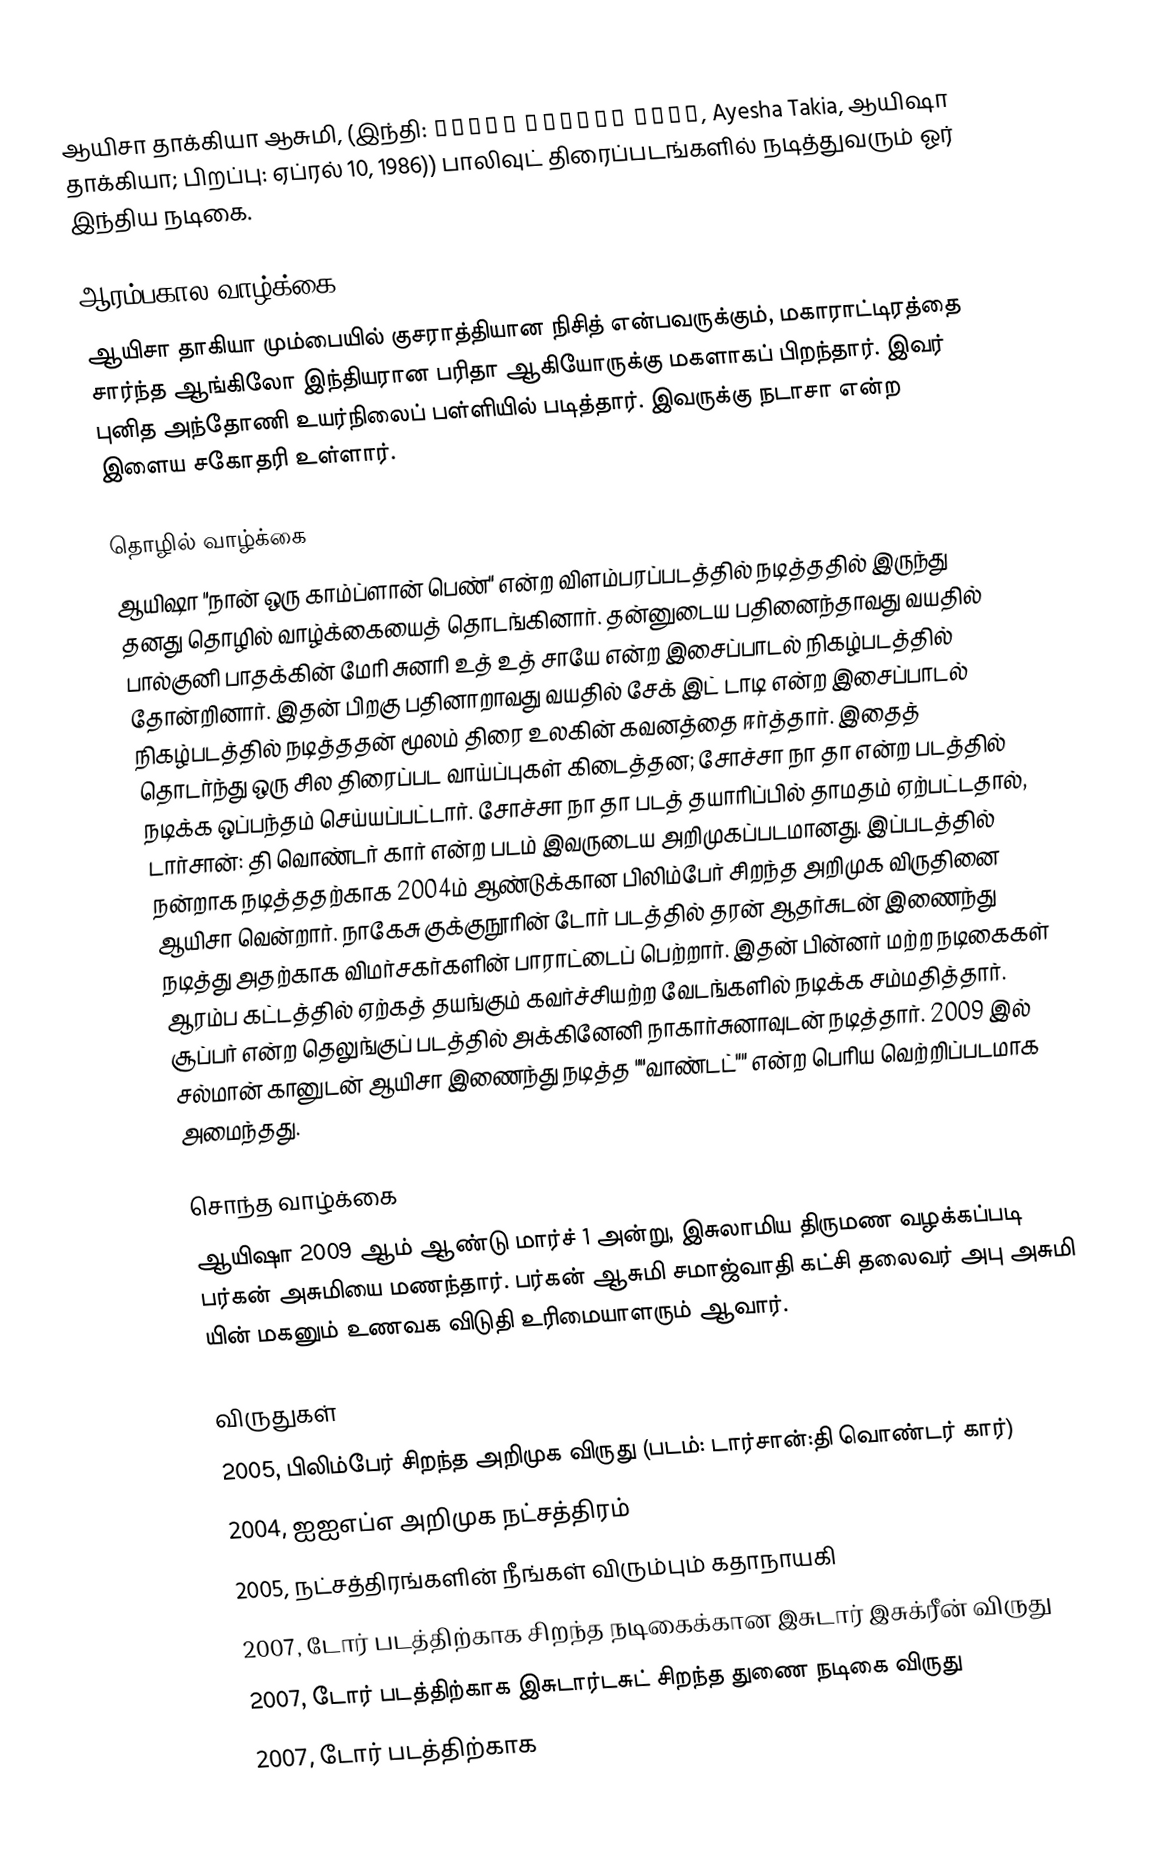
ஆயிசா தாக்கியா ஆசுமி, (இந்தி: आयेशा टाकिया आजमी, Ayesha Takia, ஆயிஷா தாக்கியா; பிறப்பு: ஏப்ரல் 10, 1986)) பாலிவுட் திரைப்படங்களில் நடித்துவரும் ஓர் இந்திய நடிகை.

ஆரம்பகால வாழ்க்கை
ஆயிசா தாகியா மும்பையில் குசராத்தியான நிசித் என்பவருக்கும், மகாராட்டிரத்தை சார்ந்த ஆங்கிலோ இந்தியரான பரிதா ஆகியோருக்கு மகளாகப் பிறந்தார். இவர் புனித அந்தோணி உயர்நிலைப் பள்ளியில் படித்தார். இவருக்கு நடாசா என்ற இளைய சகோதரி உள்ளார்.

தொழில் வாழ்க்கை
ஆயிஷா "நான் ஒரு காம்ப்ளான் பெண்" என்ற விளம்பரப்படத்தில் நடித்ததில் இருந்து தனது தொழில் வாழ்க்கையைத் தொடங்கினார். தன்னுடைய பதினைந்தாவது வயதில் பால்குனி பாதக்கின் மேரி சுனரி உத் உத் சாயே என்ற இசைப்பாடல் நிகழ்படத்தில் தோன்றினார். இதன் பிறகு பதினாறாவது வயதில் சேக் இட் டாடி என்ற இசைப்பாடல் நிகழ்படத்தில் நடித்ததன் மூலம் திரை உலகின் கவனத்தை ஈர்த்தார். இதைத் தொடர்ந்து ஒரு சில திரைப்பட வாய்ப்புகள் கிடைத்தன; சோச்சா நா தா என்ற படத்தில் நடிக்க ஒப்பந்தம் செய்யப்பட்டார். சோச்சா நா தா படத் தயாரிப்பில் தாமதம் ஏற்பட்டதால், டார்சான்: தி வொண்டர் கார் என்ற படம் இவருடைய அறிமுகப்படமானது. இப்படத்தில் நன்றாக நடித்ததற்காக 2004ம் ஆண்டுக்கான பிலிம்பேர் சிறந்த அறிமுக விருதினை ஆயிசா வென்றார். நாகேசு குக்குநூரின் டோர் படத்தில் தரன் ஆதர்சுடன் இணைந்து நடித்து அதற்காக விமர்சகர்களின் பாராட்டைப் பெற்றார். இதன் பின்னர் மற்ற நடிகைகள் ஆரம்ப கட்டத்தில் ஏற்கத் தயங்கும் கவர்ச்சியற்ற வேடங்களில் நடிக்க சம்மதித்தார். சூப்பர் என்ற தெலுங்குப் படத்தில் அக்கினேனி நாகார்சுனாவுடன் நடித்தார். 2009 இல் சல்மான் கானுடன் ஆயிசா இணைந்து நடித்த ""வாண்டட்"" என்ற பெரிய வெற்றிப்படமாக அமைந்தது.

சொந்த வாழ்க்கை
ஆயிஷா 2009 ஆம் ஆண்டு மார்ச் 1 அன்று, இசுலாமிய திருமண வழக்கப்படி பர்கன் அசுமியை மணந்தார். பர்கன் ஆசுமி சமாஜ்வாதி கட்சி தலைவர் அபு அசுமி யின் மகனும் உணவக விடுதி உரிமையாளரும் ஆவார்.

விருதுகள்
 2005, பிலிம்பேர் சிறந்த அறிமுக விருது (படம்: டார்சான்:தி வொண்டர் கார்)
 2004, ஐஐஎப்எ அறிமுக நட்சத்திரம்
 2005, நட்சத்திரங்களின் நீங்கள் விரும்பும் கதாநாயகி
 2007, டோர் படத்திற்காக சிறந்த நடிகைக்கான இசுடார் இசுக்ரீன் விருது
 2007, டோர் படத்திற்காக இசுடார்டசுட் சிறந்த துணை நடிகை விருது
 2007, டோர் படத்திற்காக